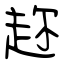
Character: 趂